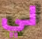
لي